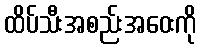
ထိပ်သီးအစည်းအဝေးကို